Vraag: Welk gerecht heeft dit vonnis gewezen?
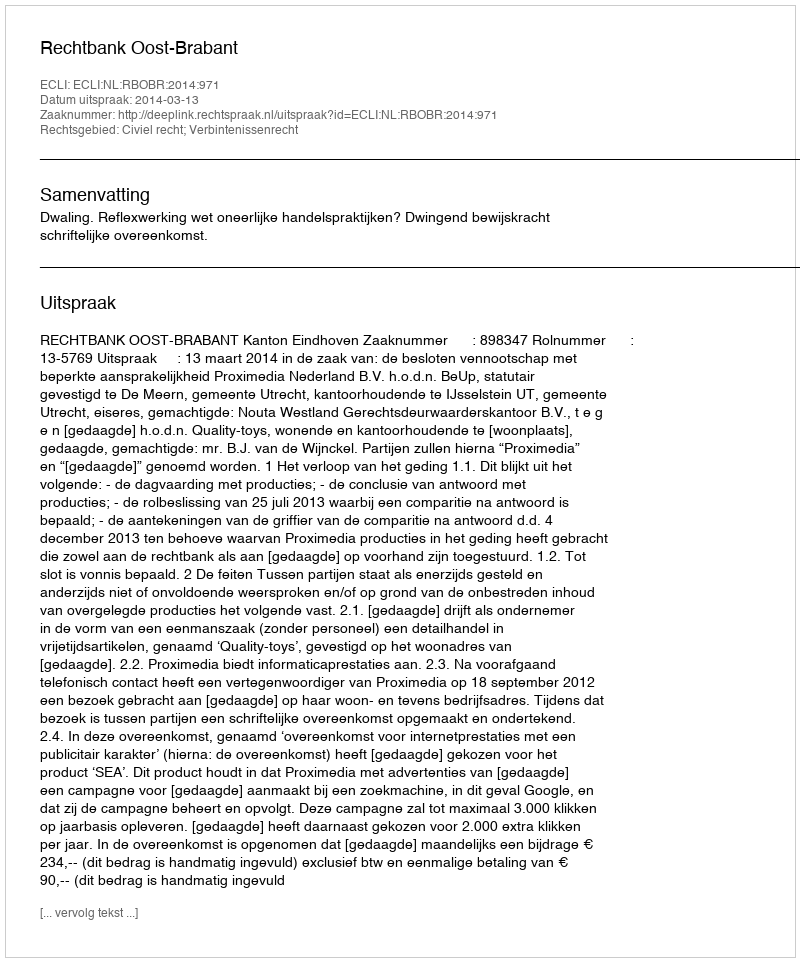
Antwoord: Rechtbank Oost-Brabant